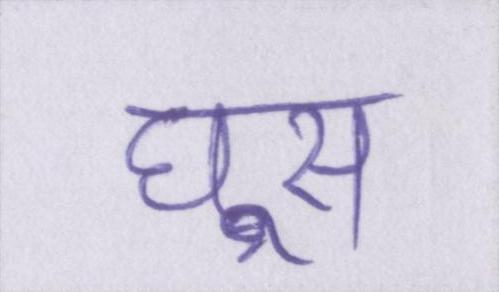
घूस